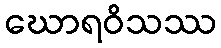
ဃောရဝိသဿ